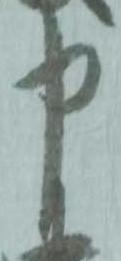
申